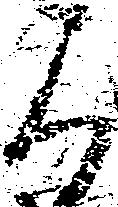
可